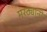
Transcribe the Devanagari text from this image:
मरठ्यांनी